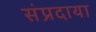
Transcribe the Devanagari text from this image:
संप्रदाया